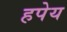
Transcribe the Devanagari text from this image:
हपेय